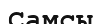
Самсы